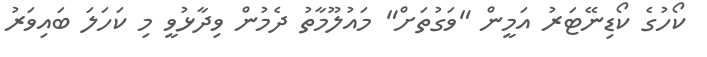
ކޯހުގެ ކޯޑިނޭޓަރު އަމީން "ވަގުތަށް" މައުލޫމާތު ދެމުން ވިދާޅުވީ މި ކަހަލަ ބައިވަރު